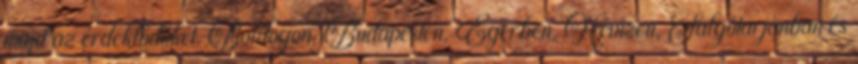
majd az érdeklődőket. Boldogon, Budapesten, Egerben, Hévízen, Salgótarjánban és